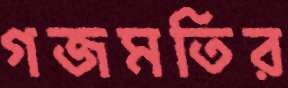
গজমতির